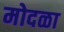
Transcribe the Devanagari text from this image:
मोदळा